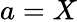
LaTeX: a=X